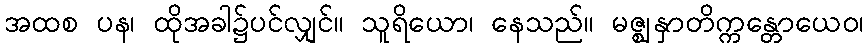
အထစ ပန၊ ထိုအခါ၌ပင်လျှင်။ သူရိယော၊ နေသည်။ မဇ္ဈနှာတိက္ကန္တောယေဝ၊